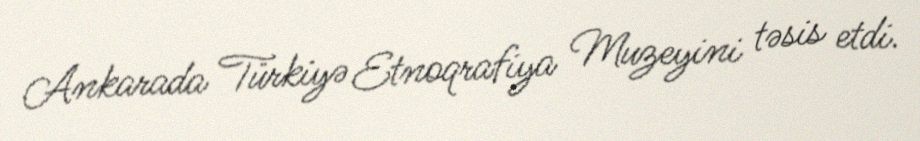
Ankarada Türkiyə Etnoqrafiya Muzeyini təsis etdi.